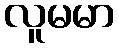
လူမမာ